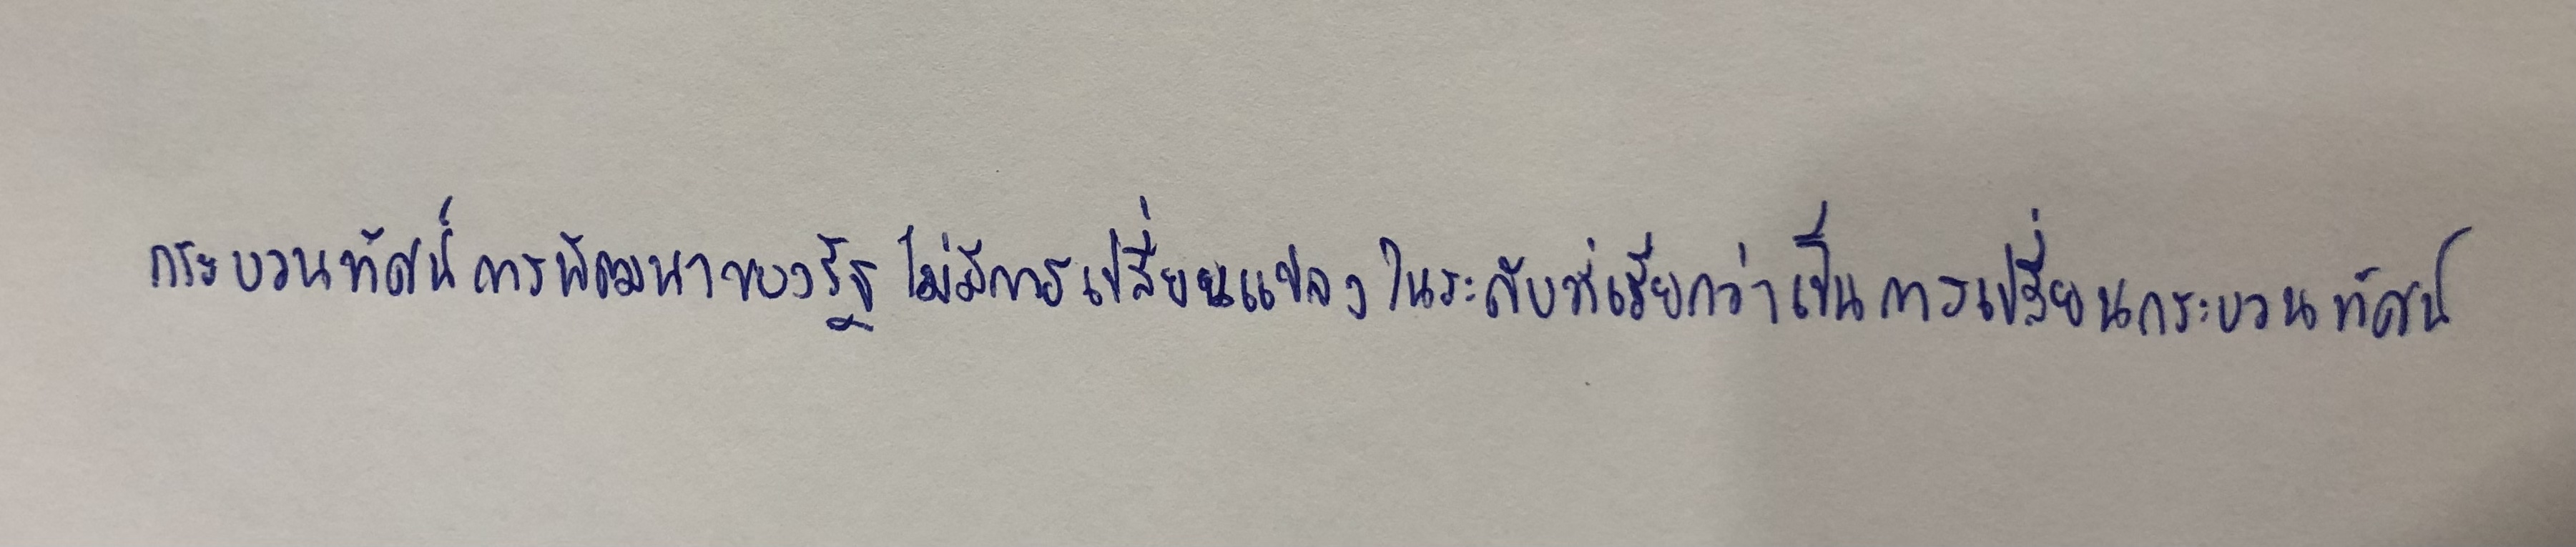
กระบวนทัศน์การพัฒนาของรัฐไม่มีการเปลี่ยนแปลงในระดับที่เรียกว่าเป็นการเปลี่ยนกระบวนทัศน์